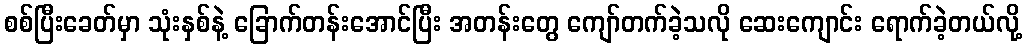
စစ်ပြီးခေတ်မှာ သုံးနှစ်နဲ့ ခြောက်တန်းအောင်ပြီး အတန်းတွေ ကျော်တက်ခဲ့သလို ဆေးကျောင်း ရောက်ခဲ့တယ်လို့